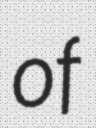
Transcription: of